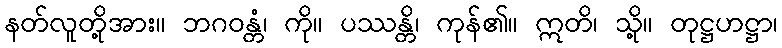
နတ်လူတို့အား။ ဘဂဝန္တံ၊ ကို။ ပဿန္တိ၊ ကုန်၏။ ဣတိ၊ သို့။ တုဋ္ဌဟဋ္ဌာ၊